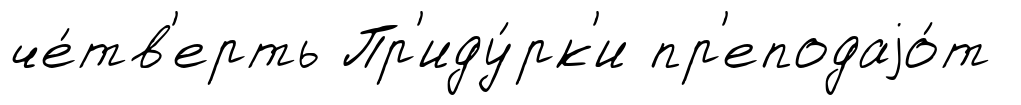
че́тв'ерть Пр'иду́рк'и пр'еподаjо́т